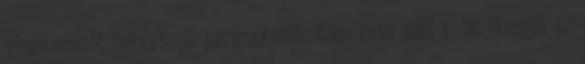
viselkedését befolyásoló paraméterek. Gács Iván BME 1 36 Energia és